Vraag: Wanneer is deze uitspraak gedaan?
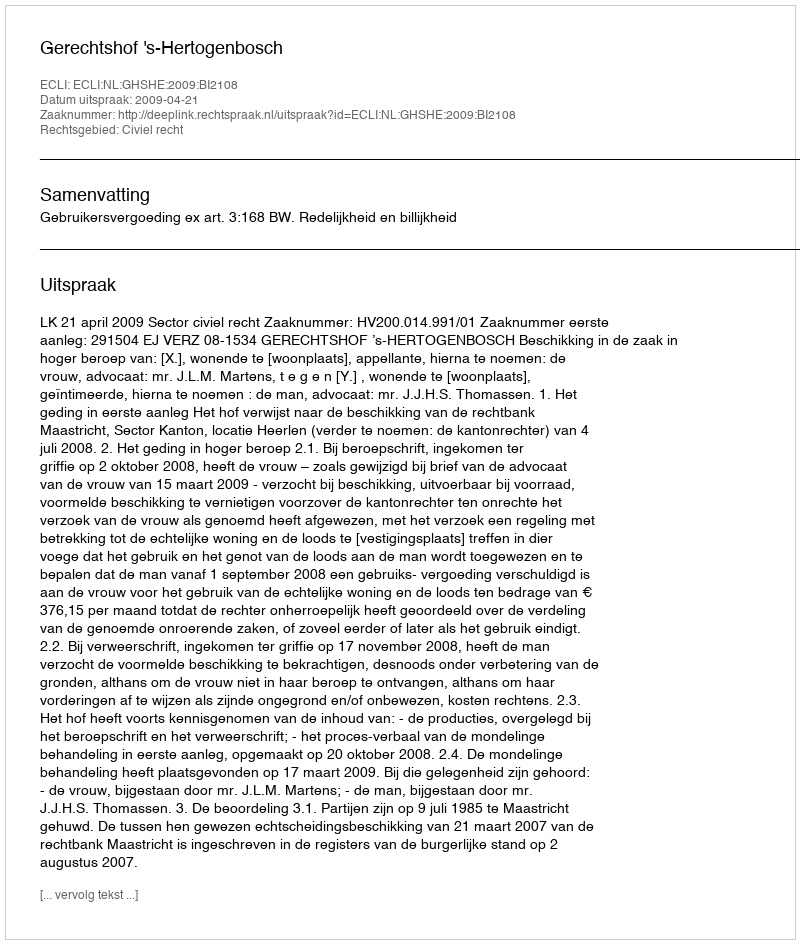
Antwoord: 2009-04-21